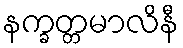
နက္ခတ္တမာလိနီ